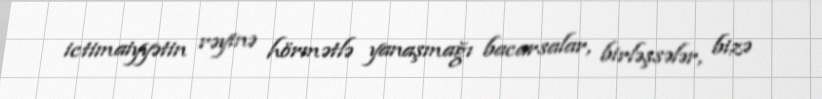
ictimaiyyətin rəyinə hörmətlə yanaşmağı bacarsalar, birləşsələr, bizə